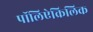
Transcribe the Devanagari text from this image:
पॉलिऐक्रिलिक